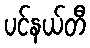
ပင်နယ်တီ